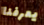
يعرفنا